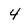
Character: 4